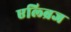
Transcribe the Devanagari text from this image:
एल्ब्रिज